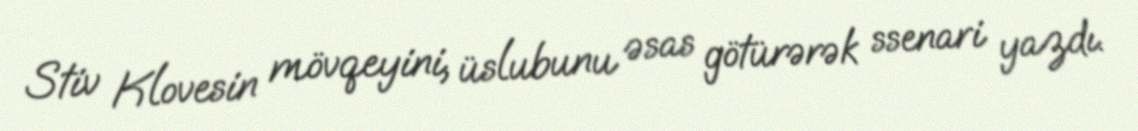
Stiv Klovesin mövqeyini, üslubunu əsas götürərək ssenari yazdı.